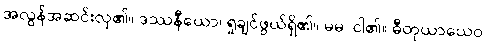
အလွန်အဆင်းလှ၏။ ဒဿနီယော၊ ရှုချင်ဖွယ်ရှိ၏။ မမ၊ ငါ၏။ ဓီတုယာယေဝ၊